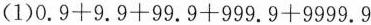
(1)$$0.9+9.9+99.9+999.9+9999.9$$